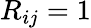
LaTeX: R_{ij}=1